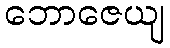
ဘောဇေယျ